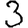
Digit: 3